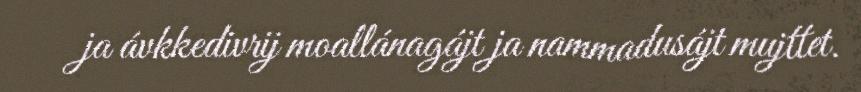
ja ávkkedivrij moallánagájt ja nammadusájt mujttet.